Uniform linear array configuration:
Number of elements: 12
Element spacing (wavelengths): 0.5
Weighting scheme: hamming
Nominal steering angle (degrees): -60
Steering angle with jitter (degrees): -59.161
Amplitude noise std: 0.05
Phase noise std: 0.05

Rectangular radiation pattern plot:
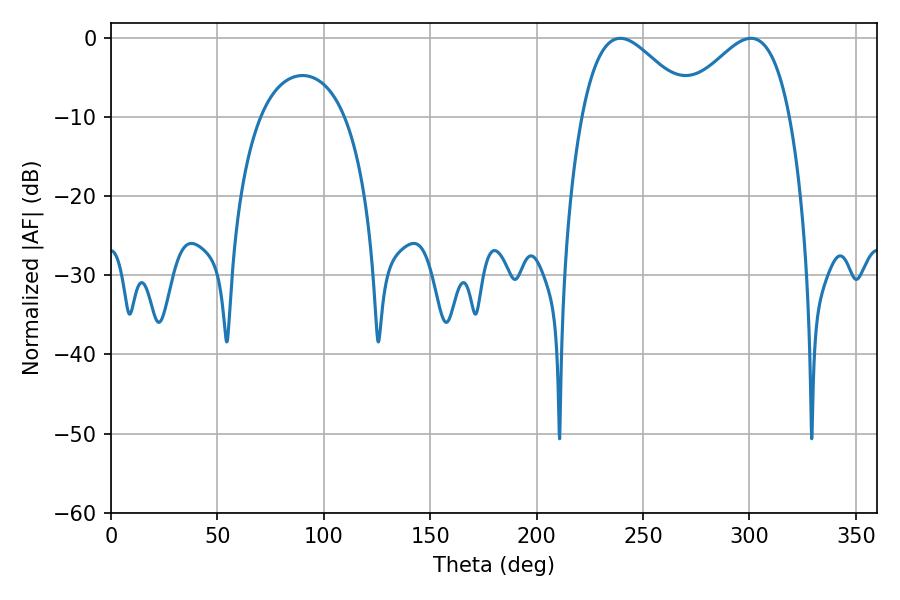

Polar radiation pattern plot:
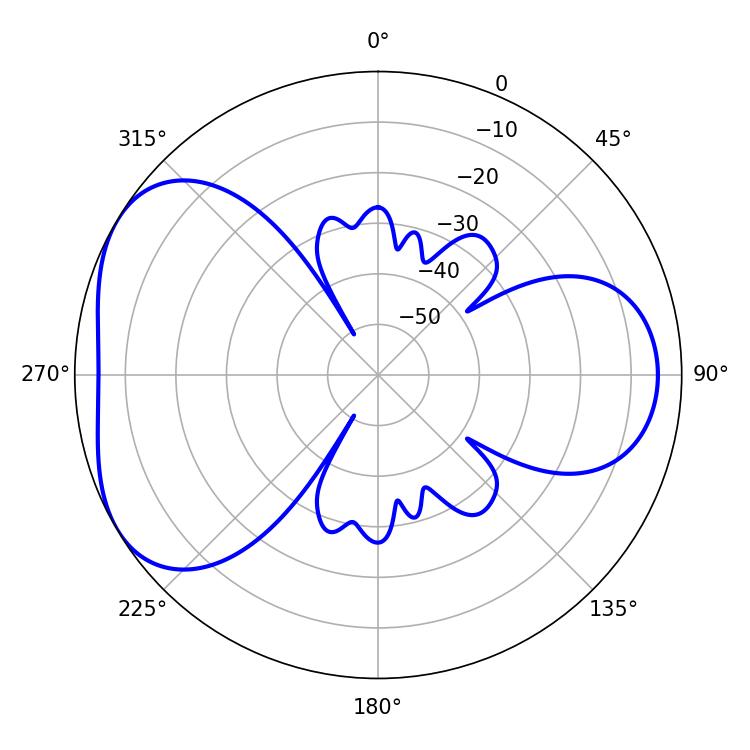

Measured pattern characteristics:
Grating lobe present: FALSE
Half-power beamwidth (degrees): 28.08
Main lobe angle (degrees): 239.4